Document type: Testament
Year: 1300
Scribe: Bonanat d'Esparreguera
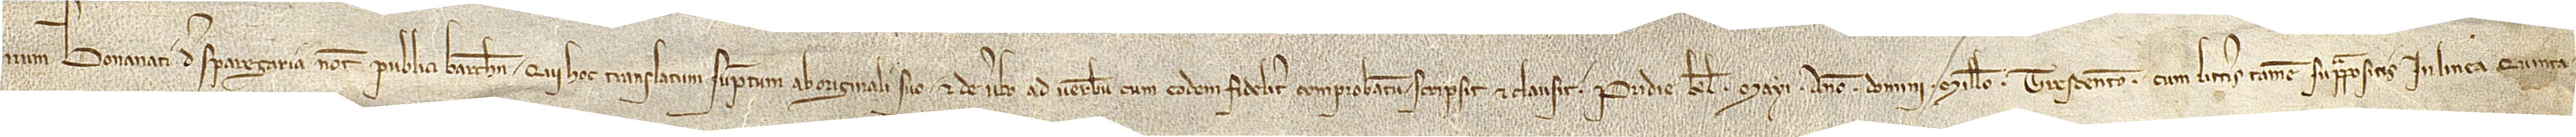
num Bonanati de Sparegaria, notarii publici Barchinone, qui hoc translatum sumptum ab originali suo et de verbo ad verbum cum eodem fideliter comprobatum scripsit et clausit pridie kalendas mayi, anno Domini millesimo trescentesimo, cum litteris tamen suprapositis in linea quinta,